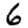
Digit: 6